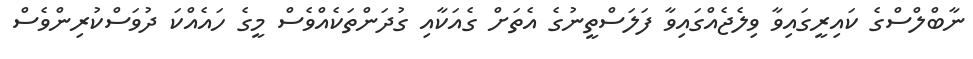
ނާބްލްސްގެ ކައިރީގައިވާ ވިލެޖެއްގައިވާ ފަލަސްތީނުގެ އެތަށް ގެއަކާއި ގުދަންތަކެއްވެސް މީގެ ހައެއްކަ ދުވަސްކުރިންވެސް